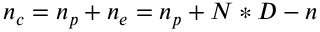
n _ { c } = n _ { p } + n _ { e } = n _ { p } + N * D - n